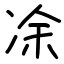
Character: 凃